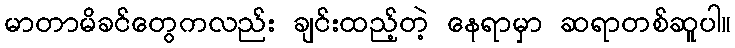
မာတာမိခင်တွေကလည်း ချင်းထည့်တဲ့ နေရာမှာ ဆရာတစ်ဆူပါ။